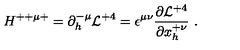
H ^ { + + \mu + } = \partial _ { h } ^ { - \mu } { \cal L } ^ { + 4 } = \epsilon ^ { \mu \nu } { \frac { \partial { { \cal L } ^ { + 4 } } } { \partial { x _ { h } ^ { + \nu } } } } \ .